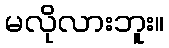
မလိုလားဘူး။